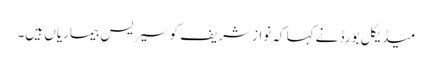
میڈیکل بورڈ نےکہا کہ نوازشریف کوسیریس بیماریاں ہیں۔